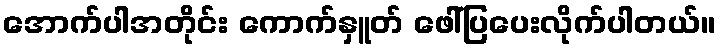
အောက်ပါအတိုင်း ကောက်နှူတ် ဖေါ်ပြပေးလိုက်ပါတယ်။